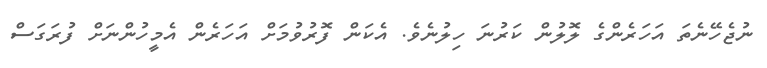
ނުޖެހޭނެތަ އަހަރެންގެ ލޮލުން ކަރުނަ ހިލުނެވެ. އެކަން ފޮރުވުމަށް އަހަރެން އެމީހުންނަށް ފުރަގަސް